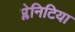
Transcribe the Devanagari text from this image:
प्लेनिटिया